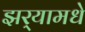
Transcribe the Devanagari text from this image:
झर्‍यामधे